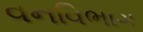
વનવિભાગ